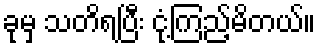
ခုမှ သတိရပြီး ငုံ့ကြည့်မိတယ်။